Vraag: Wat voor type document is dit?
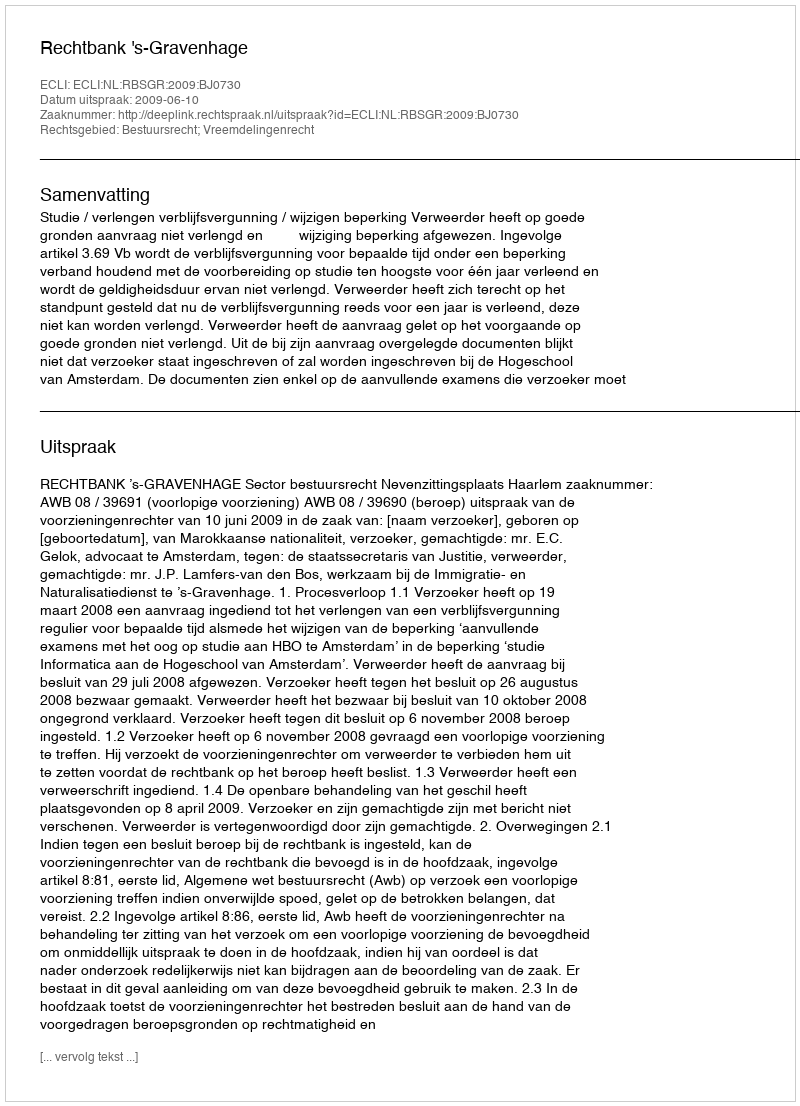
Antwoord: Uitspraak